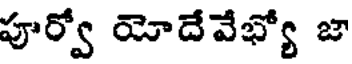
పూర్వో యోదేవేభ్యో జా